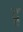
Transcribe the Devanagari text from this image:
दृ